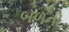
બળનો